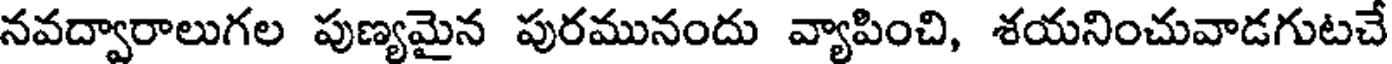
నవద్వారాలుగల పుణ్యమైన పురమునందు వ్యాపించి, శయనించువాడగుటచే